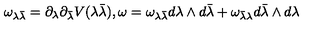
{ \omega _ { \lambda { \bar { \lambda } } } } = { \partial _ { \lambda } } { \partial _ { \bar { \lambda } } } V ( \lambda { \bar { \lambda } } ) , \omega = { \omega _ { \lambda { \bar { \lambda } } } } d \lambda \wedge d { \bar { \lambda } } + { \omega _ { { \bar { \lambda } } { \lambda } } } d { \bar { \lambda } } \wedge d { \lambda }